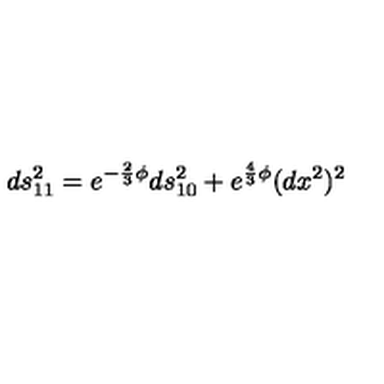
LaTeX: d s _ { 1 1 } ^ { 2 } = e ^ { - \frac { 2 } { 3 } \phi } d s _ { 1 0 } ^ { 2 } + e ^ { \frac { 4 } { 3 } \phi } ( d x ^ { 2 } ) ^ { 2 }